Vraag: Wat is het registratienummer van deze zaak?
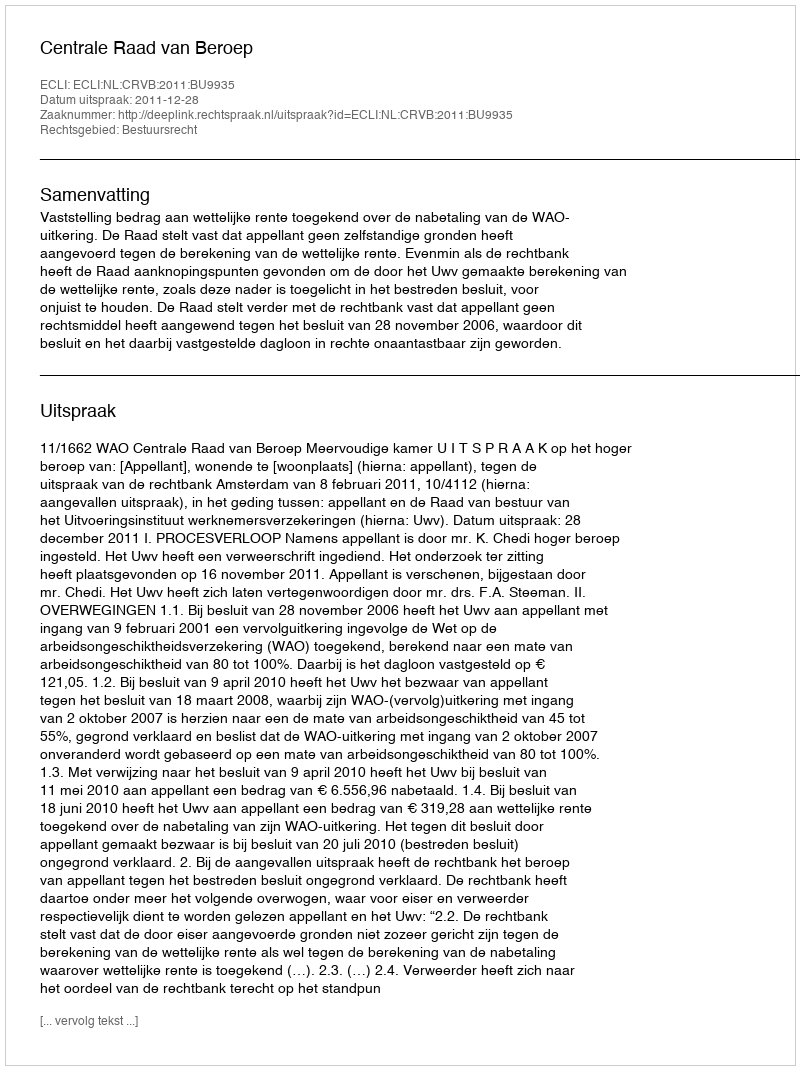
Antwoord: http://deeplink.rechtspraak.nl/uitspraak?id=ECLI:NL:CRVB:2011:BU9935